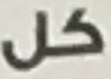
كل